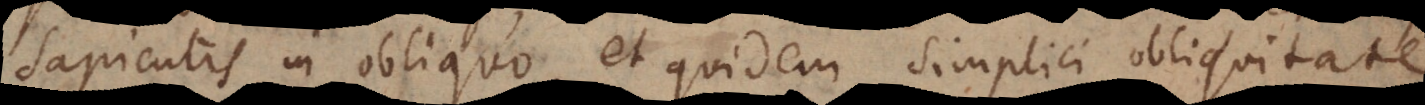
sapientis in obliquo et quidem simplici obliquitate.